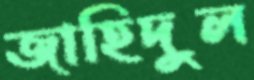
জাহিদুল